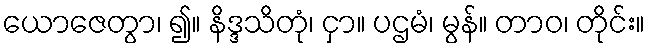
ယောဇေတွာ၊ ၍။ နိဒ္ဒသိတုံ၊ ငှာ။ ပဌမံ၊ မွန်။ တာဝ၊ တိုင်း။